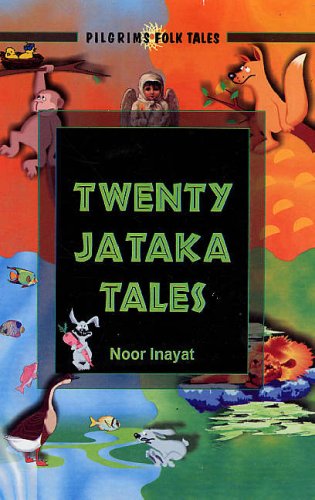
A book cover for Twenty Jataka Tales; Noor Inayat Khan; Literature & Fiction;